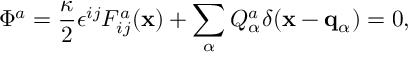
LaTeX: \Phi ^ { a } = { \frac { \kappa } { 2 } } \epsilon ^ { i j } F _ { i j } ^ { a } ( { \bf x } ) + \sum _ { \alpha } Q _ { \alpha } ^ { a } \delta ( { \bf x } - { \bf q } _ { \alpha } ) = 0 ,